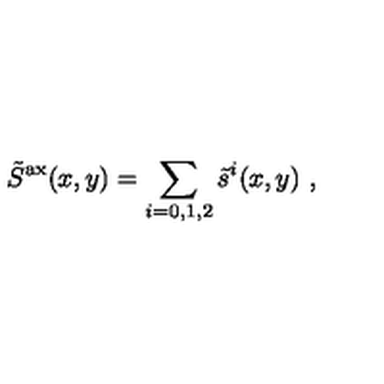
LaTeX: \tilde { S } ^ { \mathrm { a x } } ( x , y ) = \sum _ { i = 0 , 1 , 2 } \tilde { s } ^ { i } ( x , y ) \ ,